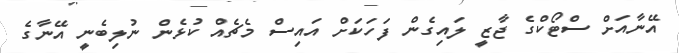
އޭނާއަށް ސްޓޯކްގެ ޖާޒީ ލައިގެން ފަހަކަށް އައިސް މެޗެއް ކުޅެން ނުލިބެނީ އޭނާގެ